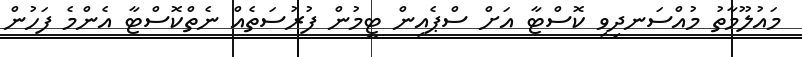
މައުލޫމާތު މުއްސަނދިވި ކޮސްޓާ އަށް ސްޕެއިން ޓީމުން ފުރުސަތެއް ނެތްކޮސްޓާ އެންމެ ފަހުން